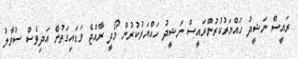
ރައީސް ނަޝީދު ހައްޔަރުކުރުންރައީސް ނަޝީދު ހައްޔަރުކުރުން މޯދީ ރާއްޖެ ވަޑައިގަތުން އަދިވެސް ސުވާލު